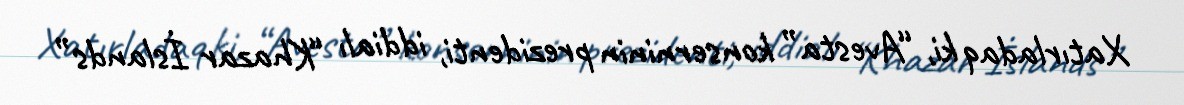
Xatırladaq ki, “Avesta” konserninin prezidenti, iddialı “Khazar İslands”